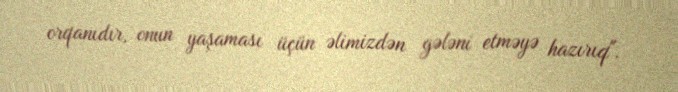
orqanıdır, onun yaşaması üçün əlimizdən gələni etməyə hazırıq".